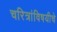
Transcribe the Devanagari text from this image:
चरित्रांविषयीचे